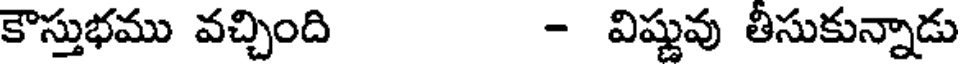
కౌస్తుభము వచ్చింది - విష్ణువు తీసుకున్నాడు